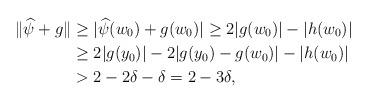
LaTeX: \begin{align*}\|\widehat{\psi}+g\|&\geq|\widehat{\psi}(w_0)+g(w_0)|\geq2|g(w_0)|-|h(w_0)|\\&\geq2|g(y_0)|-2|g(y_0)-g(w_0)|-|h(w_0)|\\&>2-2\delta-\delta=2-3\delta,\end{align*}